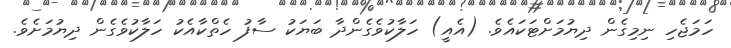
ހަމަޖެހި ނިމިގެން ދިޔުމަށްޓަކައެވެ. (އެއީ) ހަލާކުވެގެންދާ ބަޔަކު ސާފު ހެތްކާއެކު ހަލާކުވެގެން ދިޔުމަށެވެ.